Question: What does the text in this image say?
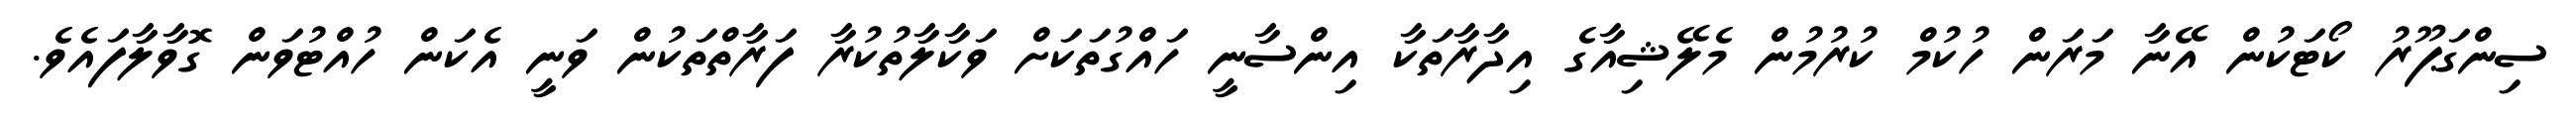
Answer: ސިންގަޕޫރު ކޯޓަކުން އޭނާ މަރަން ހުކުމް ކުރުމުން މެލޭޝިއާގެ އިދާރާތަކާ އިންސާނީ ހައްގުތަކަށް ވަކާލާތުކުރާ ފަރާތްތަކުން ވަނީ އެކަން ހުއްޓުވަން ގޮވާލާފައެވެ.